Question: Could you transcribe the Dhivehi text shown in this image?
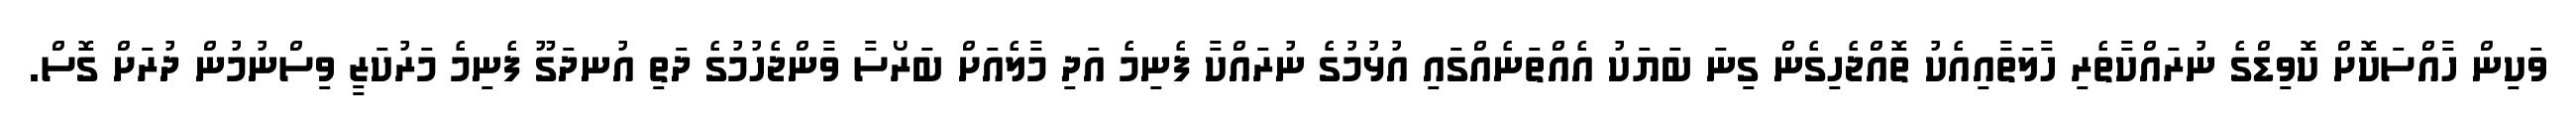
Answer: ވަކިން ހާއްސަކޮށް ކޮވިޑްގެ ނުރައްކާތެރި ހާލަތާއިއެކު ތޮއްޖެހިގެން ގިނަ ބަޔަކު އެއްތަނެއްގައި އުޅުމުގެ ނުރައްކާ ފެނިމެ އަދި މާލެއަށް ބަރޯސާ ވާންޖެހުމުގެ ދަތި އުނދަގޫ ފެނިމެ މަރުކަޒީ ވިސްނުމުން ދުރަށް ގޮސް.